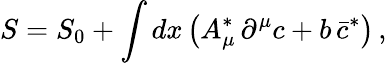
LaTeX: S=S_{0}+\int dx\, \bigl(A_{\mu}^{\ast}\, \partial^{\mu}c+b\, \bar{c}^{\ast}\bigr)\, ,